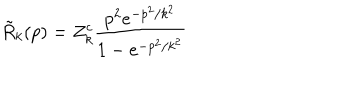
LaTeX: \tilde { R } _ { k } ( p ) = Z _ { k } ^ { c } \frac { p ^ { 2 } e ^ { - p ^ { 2 } / k ^ { 2 } } } { 1 - e ^ { - p ^ { 2 } / k ^ { 2 } } }